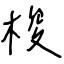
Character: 梭